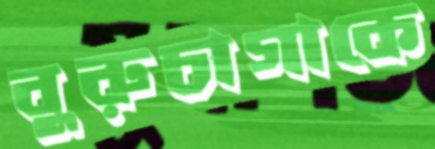
বুরুচাগাকে